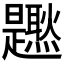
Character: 𤓐